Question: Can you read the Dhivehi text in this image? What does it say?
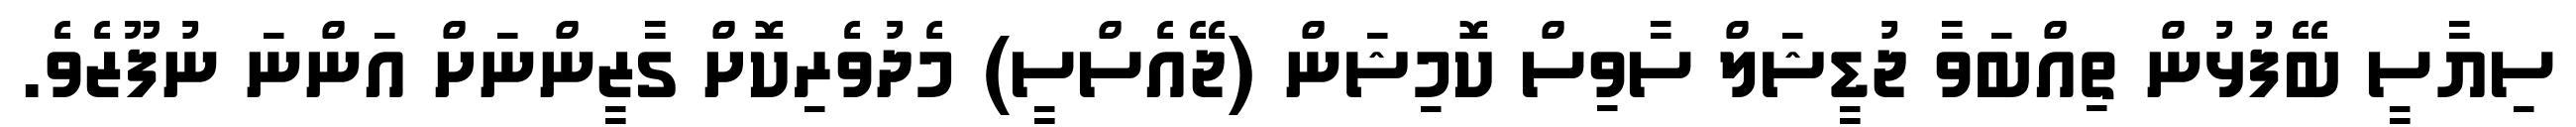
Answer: ސިޔާސީ ބޭފުޅުން ތިއްބަވާ ޖުޑީޝަލް ސާވިސް ކޮމިޝަން (ޖޭއެސްސީ) މެދުވެރިކޮށް ގާޒީންނަށް އަންނަ ނުފޫޒެވެ.